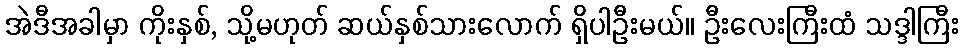
အဲဒီအခါမှာ ကိုးနှစ်, သို့မဟုတ် ဆယ်နှစ်သားလောက် ရှိပါဦးမယ်။ ဦးလေးကြီးထံ သဒ္ဒါကြီး